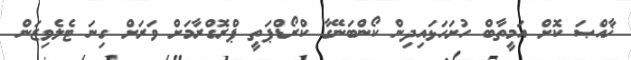
ޚާއްޞަ ކޮށް އަމީތާބް ހުށަހަޅައިދިން ކޯންބަނޭގާ ކްރޯޑްޕަތީ ޕްރޮގްރާމަށް ވަރަށް ގިނަ ޓެލެވިޒަން